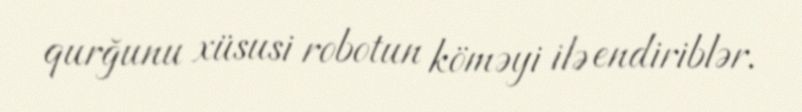
qurğunu xüsusi robotun köməyi ilə endiriblər.